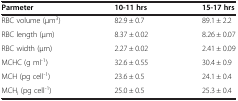
<table><thead><tr><td><b>Parmeter</b></td><td><b>10-11 hrs</b></td><td><b>15-17 hrs</b></td></tr></thead><tbody><tr><td>RBC volume (μm<sup>3</sup>)</td><td>82.9 ± 0.7</td><td>89.1 ± 2.2</td></tr><tr><td>RBC length (μm)</td><td>8.37 ± 0.02</td><td>8.26 ± 0.07</td></tr><tr><td>RBC width (μm)</td><td>2.27 ± 0.02</td><td>2.41 ± 0.09</td></tr><tr><td>MCHC (g ml<sup>-1</sup>)</td><td>32.6 ± 0.55</td><td>30.4 ± 0.9</td></tr><tr><td>MCH (pg cell<sup>-1</sup>)</td><td>23.6 ± 0.5</td><td>24.1 ± 0.4</td></tr><tr><td>MCH<sub>I</sub> (pg cell<sup>-1</sup>)</td><td>25.0 ± 0.5</td><td>25.3 ± 0.4</td></tr></tbody></table>